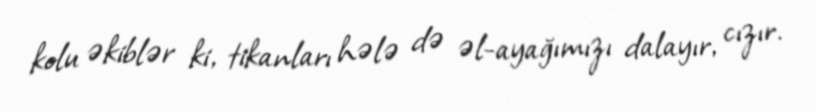
kolu əkiblər ki, tikanları hələ də əl-ayağımızı dalayır, cızır.